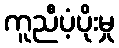
ကူညီပံ့ပိုးမှု